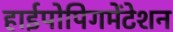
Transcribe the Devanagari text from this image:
हाईपोपिगमेंटेशन